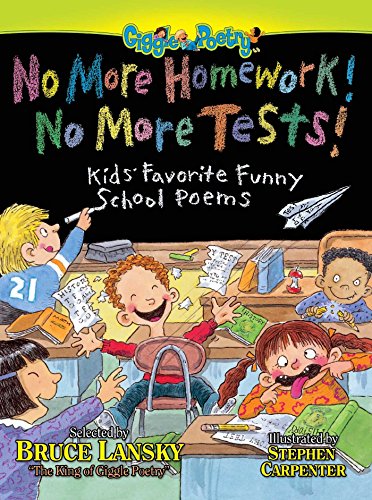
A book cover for No More Homework! No More Tests!: Kids Favorite Funny School Poems; Bruce Lansky; Humor & Entertainment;